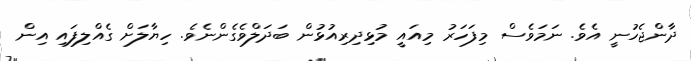
ދާންޖެހުނީ އެވެ. ނަމަވެސް މިފަހަރު މިއައީ މުޅިދިރިއުޅުން ބަދަލްވެގެންނެވެ. ހިޔާލަށް ގެއްލިފައި އިން